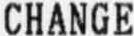
CHANGE